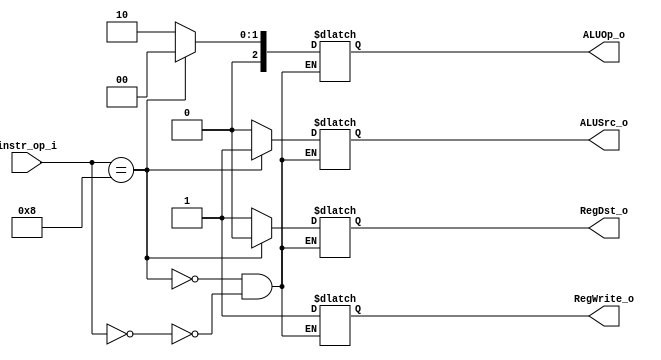
module Decoder( instr_op_i, RegWrite_o,	ALUOp_o, ALUSrc_o, RegDst_o );
     
//I/O ports
input	[6-1:0] instr_op_i;

output			RegWrite_o;
output	[3-1:0] ALUOp_o;
output			ALUSrc_o;
output			RegDst_o;
 
//Internal Signals
reg	[3-1:0] ALUOp_o;
reg			ALUSrc_o;
reg			RegWrite_o;
reg			RegDst_o;

//Main function
/*your code here*/

always @ (*) begin
    if(instr_op_i == 0)begin
        ALUOp_o <= 3'b010; //2:rformat
		ALUSrc_o <= 1'b0;
		RegWrite_o <= 1'b1;
		RegDst_o <= 1'b1;
    end
    if(instr_op_i == 8)begin
        ALUOp_o <= 3'b000; //0:addi
		ALUSrc_o <= 1'b1;
		RegWrite_o <= 1'b1;
		RegDst_o <= 1'b0;
    end
end

endmodule